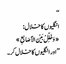
‘‘
انگلیوں کا خلال:
«وَخَلِّلْ بَیْنَ الأَصَابِعِ»
’’اور انگلیوں کا خلال کر۔